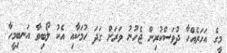
މީގެ އަހަރެއްހާ ދުވަސްކުރިން ޖެހުނު ވަރަށް ގަދަ ހުމަކާއި އެކު ލޯބިވާ އަނބިމީހާ